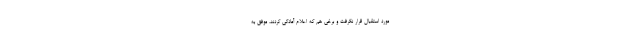
مورد استقبال قرار نگرفت و برخی هم که اعلام آمادگی کردند، موفق به